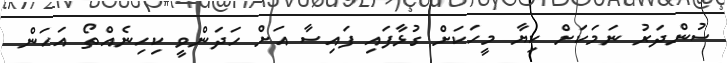
ސުންދަރު ނަމަކަށް ކިޔާ މީހަކަށް ގުޅާފައި ފައިސާ އަށް ހަދަންވީ ކިހިނެއްތޯ އަހަން